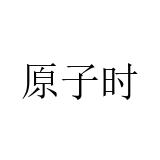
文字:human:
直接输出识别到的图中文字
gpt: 原子时